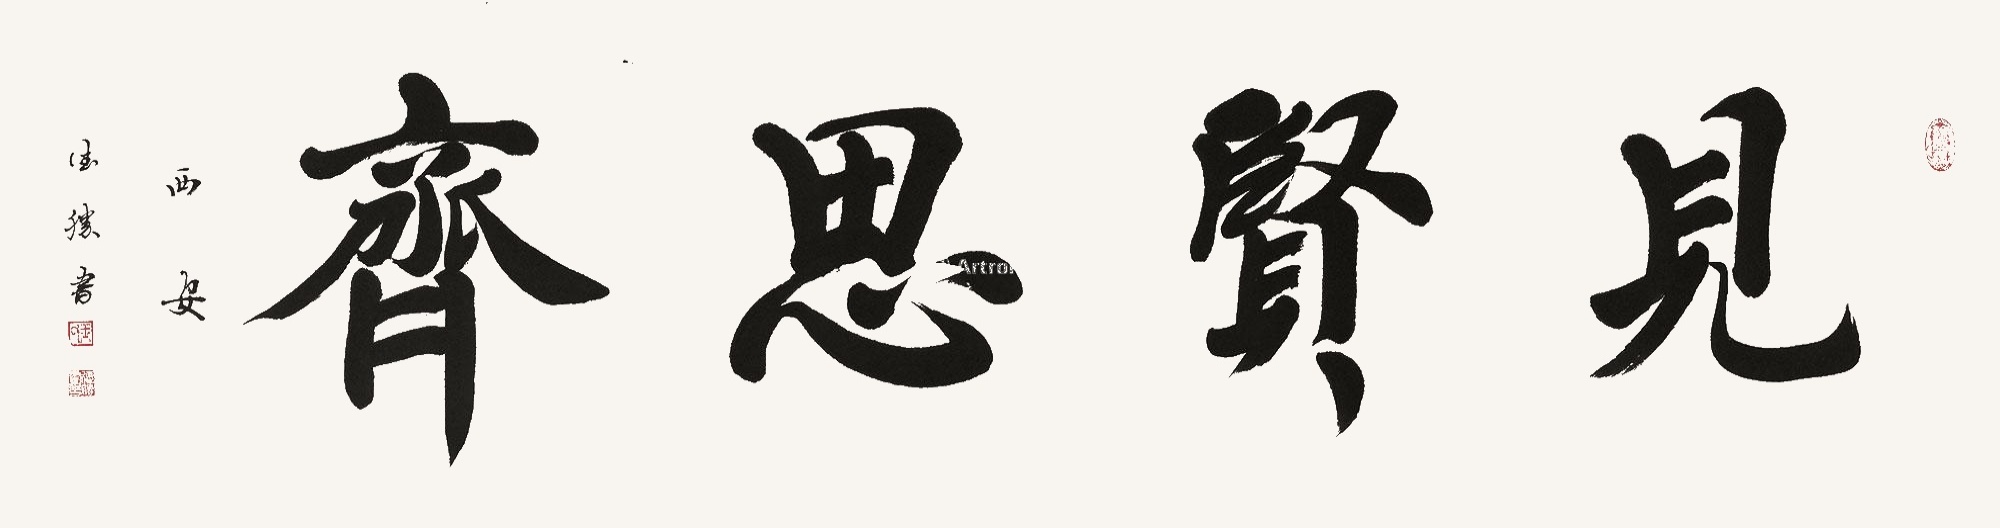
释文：见贤思齐西安德胜书